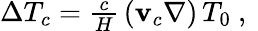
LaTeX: \begin{array}{r}{\Delta T_{c}=\frac{c}{H}\, (\mathbf{v}_{c}\nabla)\, T_{0}\ ,\ }\end{array}